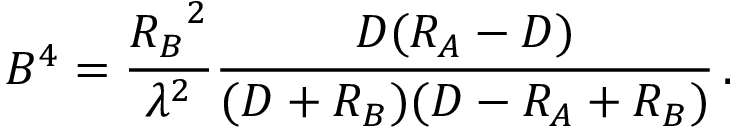
B ^ { 4 } = { \frac { { R _ { B } } ^ { 2 } } { \lambda ^ { 2 } } } { \frac { D ( R _ { A } - D ) } { ( D + R _ { B } ) ( D - R _ { A } + R _ { B } ) } } \, .